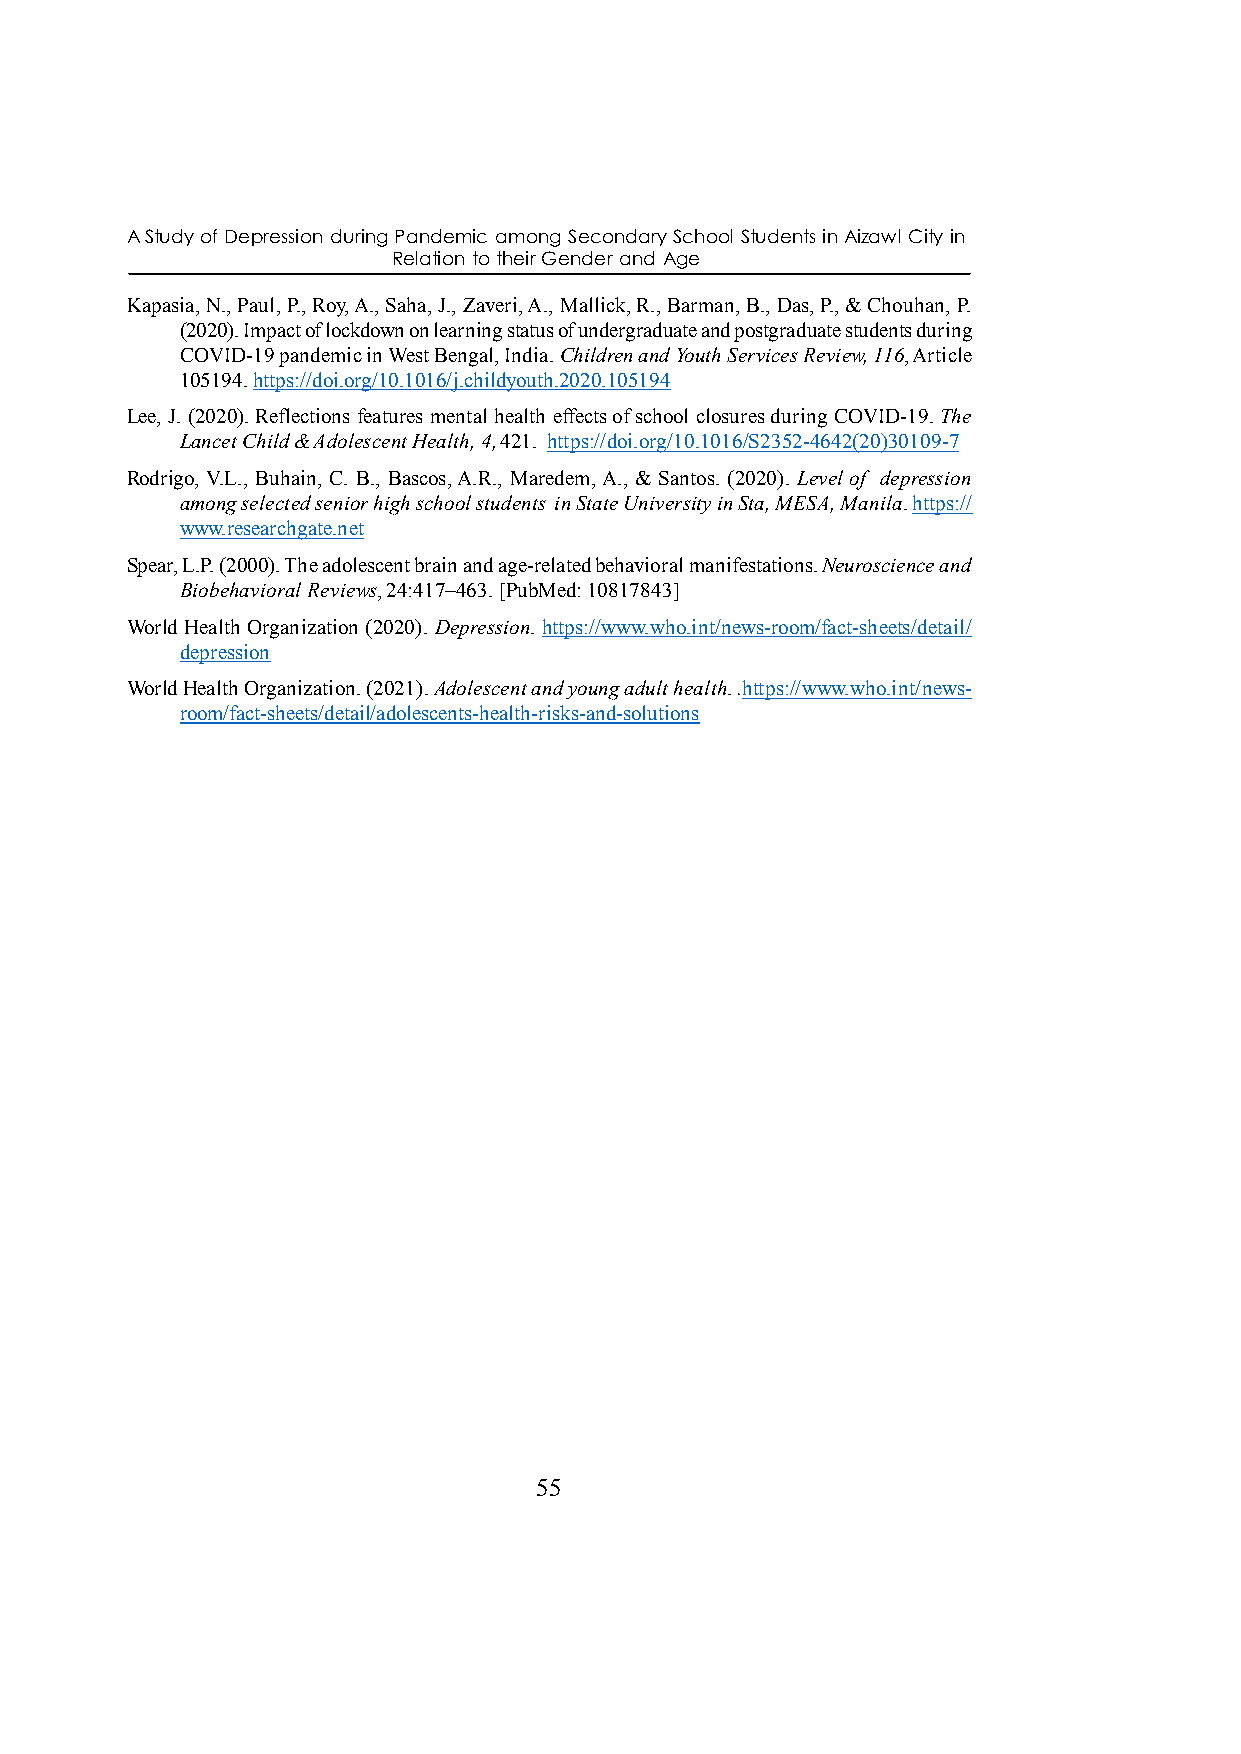
A Study of Depression during Pandemic among Secondary School Students in Aizawl City in
 Relation to their Gender and Age
 Kapasia, N., Paul, P., Roy, A., Saha, J., Zaveri, A., Mallick, R., Barman, B., Das, P., & Chouhan, P.
 (2020). Impact of lockdown on learning status of undergraduate and postgraduate students during
 COVID-19 pandemic in West Bengal, India. Children and Youth Services Review, 116, Article
 105194. https://doi.org/10.1016/j.childyouth.2020.105194
 Lee, J. (2020). Reflections features mental health effects of school closures during COVID-19. The
 Lancet Child & Adolescent Health, 4, 421. https://doi.org/10.1016/S2352-4642(20)30109-7
 Rodrigo, V.L., Buhain, C. B., Bascos, A.R., Maredem, A., & Santos. (2020). Level of depression
 among selected senior high school students in State University in Sta, MESA, Manila. https://
 www.researchgate.net
 Spear, L.P. (2000). The adolescent brain and age-related behavioral manifestations. Neuroscience and
 Biobehavioral Reviews, 24:417–463. [PubMed: 10817843]
 World Health Organization (2020). Depression. https://www.who.int/news-room/fact-sheets/detail/
 depression
 World Health Organization. (2021). Adolescent and young adult health. .https://www.who.int/news-
 room/fact-sheets/detail/adolescents-health-risks-and-solutions
 55